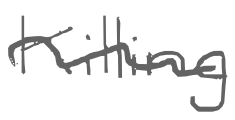
Text: Killing
Cross-out: wave
Writing tool: digital_gray